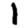
Digit: 1